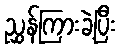
ညွှန်ကြားခဲ့ပြီး